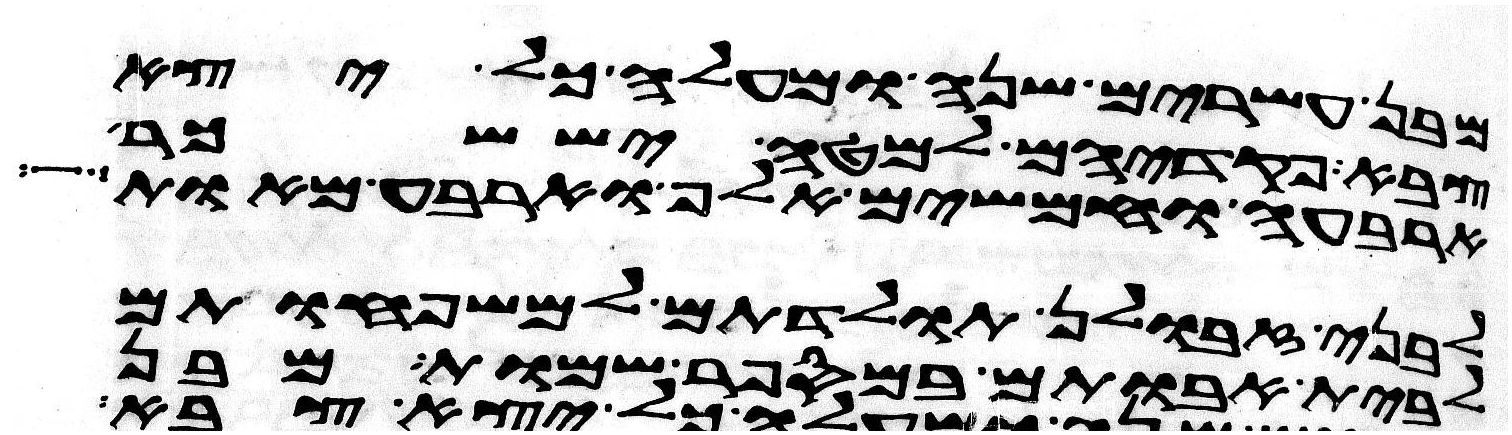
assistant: מבן עשרים שנה ומעלה כל יצא
צבא פקדיהם למטה יששכר
ארבעה וחמשים אלף וארבע מאות
לבני זבולן תולדתם למשפחותם
לבית אבותם במספר שמות מבן